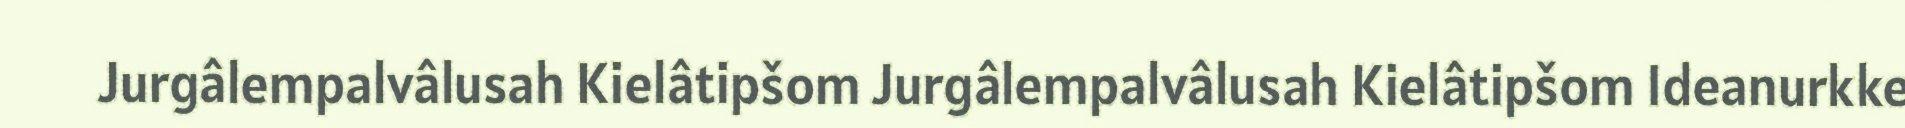
Jurgâlempalvâlusah Kielâtipšom Jurgâlempalvâlusah Kielâtipšom Ideanurkke